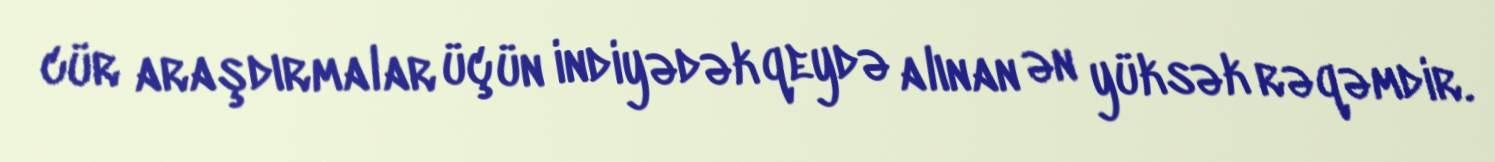
cür araşdırmalar üçün indiyədək qeydə alınan ən yüksək rəqəmdir.